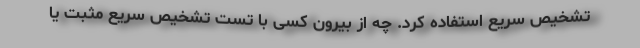
تشخیص سریع استفاده کرد. چه از بیرون کسی با تست تشخیص سریع مثبت یا